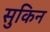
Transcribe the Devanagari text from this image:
सुकिन